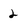
Character: 2